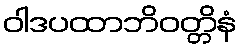
ဝါဒပထာဘိဝတ္တိနံ